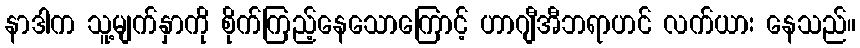
နာဒါက သူ့မျက်နှာကို စိုက်ကြည့်နေသောကြောင့် ဟာဂျီအီဘရာဟင် လက်ယား နေသည်။